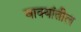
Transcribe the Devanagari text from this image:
वाक्यांतील